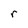
Character: r